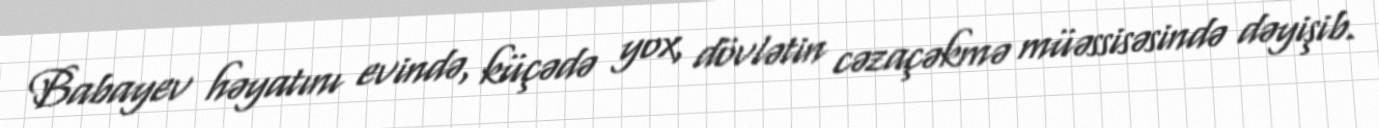
Babayev həyatını evində, küçədə yox, dövlətin cəzaçəkmə müəssisəsində dəyişib.